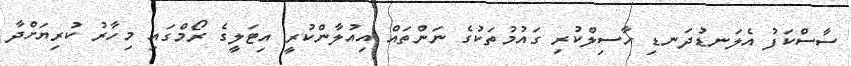
ސާސްކަފު އެލަނޑުދަނޑި ހާސިލްކުރި ގައުމުތަކުގެ ނަންތައް އިއުލާންކުރީ އިޓަލީގެ ރޯމްގައި މިހާރު ކުރިޔަށްދާ